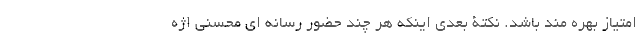
امتیاز بهره مند باشد. نکتۀ بعدی اینکه هر چند حضور رسانه ای محسنی اژه